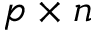
p \times n